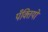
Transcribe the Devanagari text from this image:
पँक्तियों